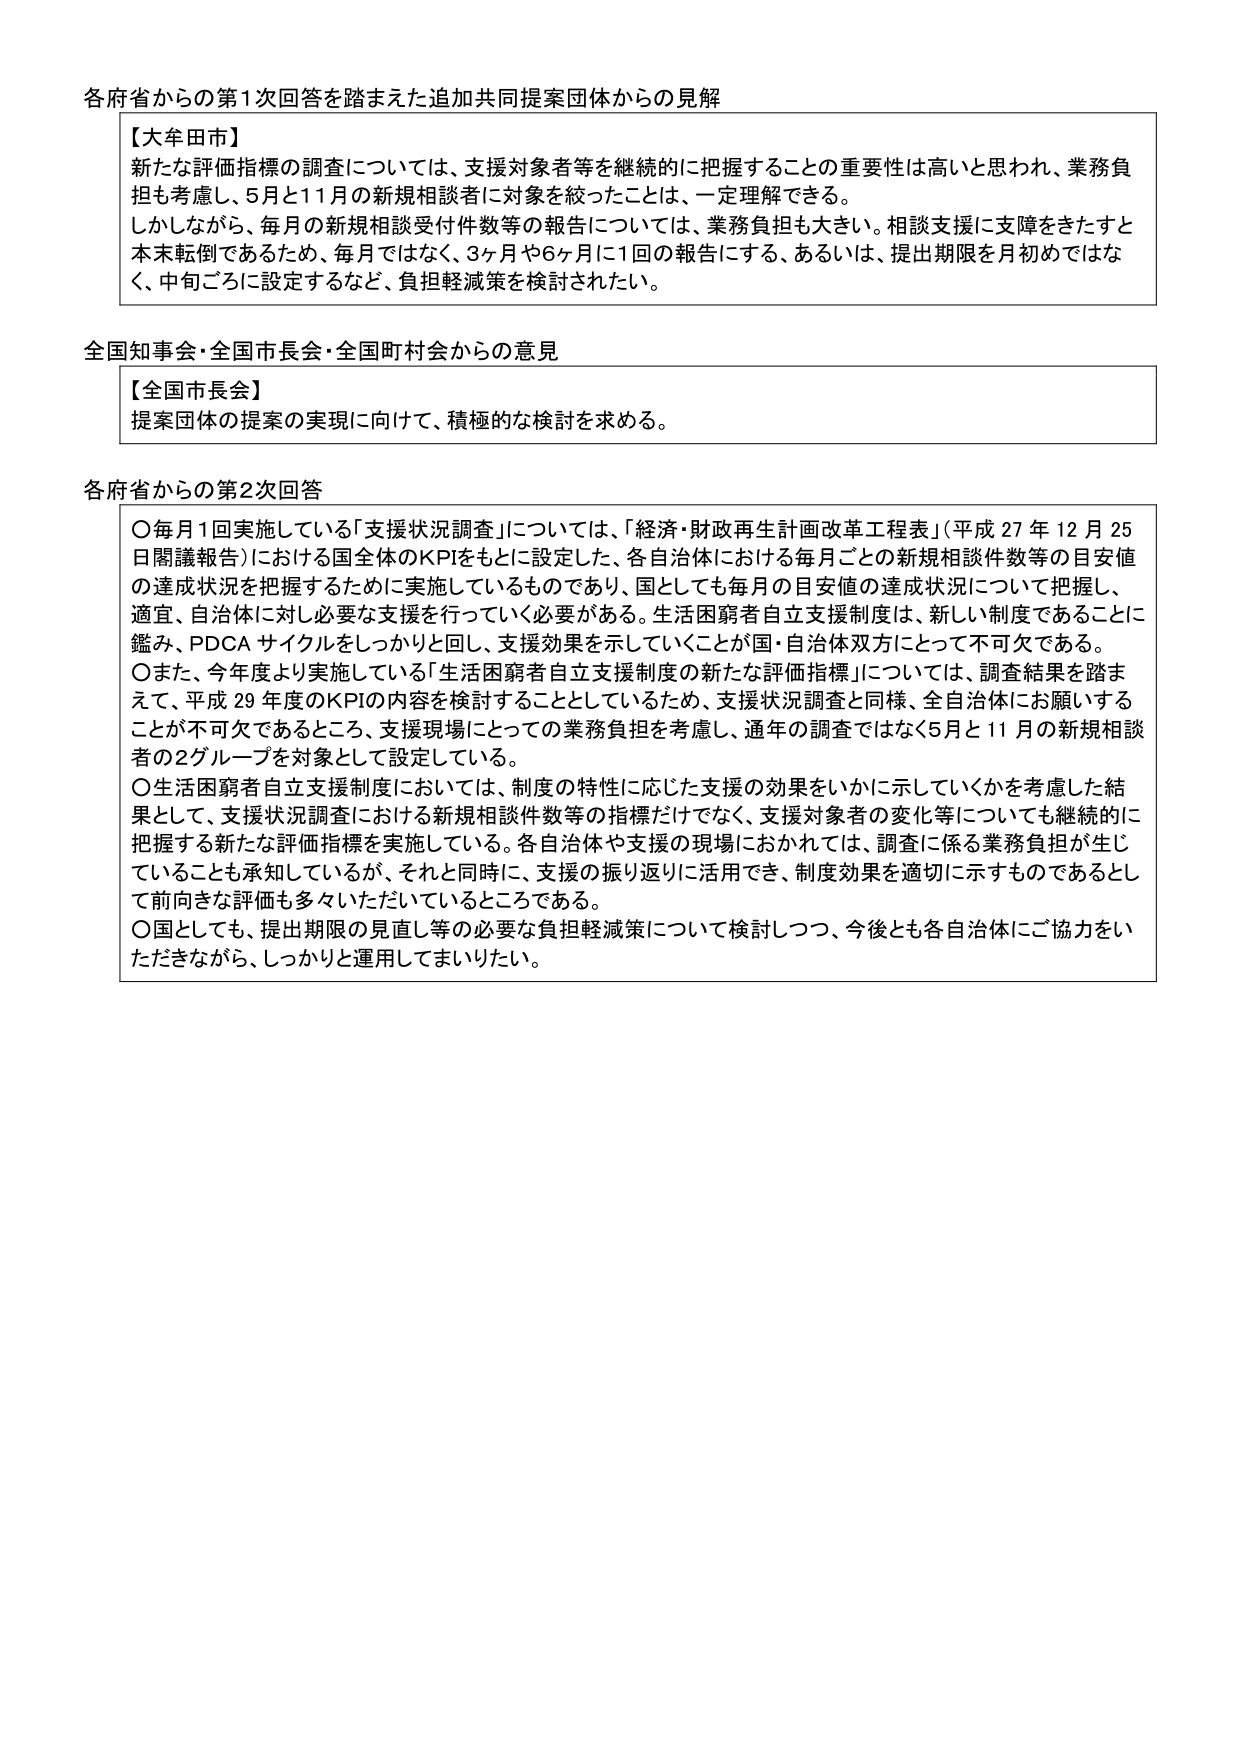
各府省からの第1次回答を踏まえた追加共同提案団体からの見解

【大牟田市】
新たな評価指標の調査については、支援対象者等を継続的に把握することの重要性は高いと思われ、業務負担も考慮し、5月と11月の新規相談者に対象を絞ったことは、一定理解できる。
しかしながら、毎月の新規相談受付件数等の報告については、業務負担も大きい。相談支援に支障をきたすと本末転倒であるため、毎月ではなく、3ヶ月や6ヶ月に1回の報告にする、あるいは、提出期限を月初めではなく、中旬ごろに設定するなど、負担軽減策を検討されたい。

全国知事会・全国市長会・全国町村会からの意見

【全国市長会】
提案団体の提案の実現に向けて、積極的な検討を求める。

各府省からの第2次回答

〇毎月1回実施している「支援状況調査」については、「経済・財政再生計画改革工程表」（平成27年12月25日閣議報告）における国全体のKPIをもとに設定した、各自治体における毎月ごとの新規相談件数等の目安値の達成状況を把握するために実施しているものであり、国としても毎月の目安値の達成状況について把握し、適宜、自治体に対し必要な支援を行っていく必要がある。生活困窮者自立支援制度は、新しい制度であることに鑑み、PDCAサイクルをしっかり回し、支援効果を示していくことが国・自治体双方にとって不可欠である。
〇また、今年度より実施している「生活困窮者自立支援制度の新たな評価指標」については、調査結果を踏まえて、平成29年度のKPIの内容を検討することとしているため、支援状況調査と同様、全自治体にお願いすることが不可欠であるところ、支援現場にとっての業務負担を考慮し、通年の調査ではなく5月と11月の新規相談者の2グループを対象として設定している。
〇生活困窮者自立支援制度においては、制度の特性に応じた支援の効果をいかに示していくかを考慮した結果として、支援状況調査における新規相談件数等の指標だけでなく、支援対象者の変化等についても継続的に把握する新たな評価指標を実施している。各自治体や支援の現場におかれては、調査に係る業務負担が生じていることも承知しているが、それと同時に、支援の振り返りに活用でき、制度効果を適切に示すものであるとして前向きな評価も多々いただいているところである。
〇国としても、提出期限の見直し等の必要な負担軽減策について検討しつつ、今後とも各自治体にご協力をいただきながら、しっかりと運用してまいりたい。